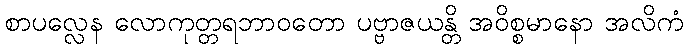
စာပလ္လေန လောကုတ္တရဘာဝတော ပဗ္ဗာဇယန္တိ အဝိစ္စမာနော အလိကံ